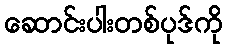
ဆောင်းပါးတစ်ပုဒ်ကို